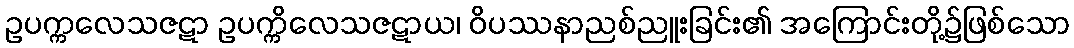
ဥပက္ကလေသဇဋာ ဥပက္ကိလေသဇဋာယ၊ ဝိပဿနာညစ်ညူးခြင်း၏ အကြောင်းတို့၌ဖြစ်သော